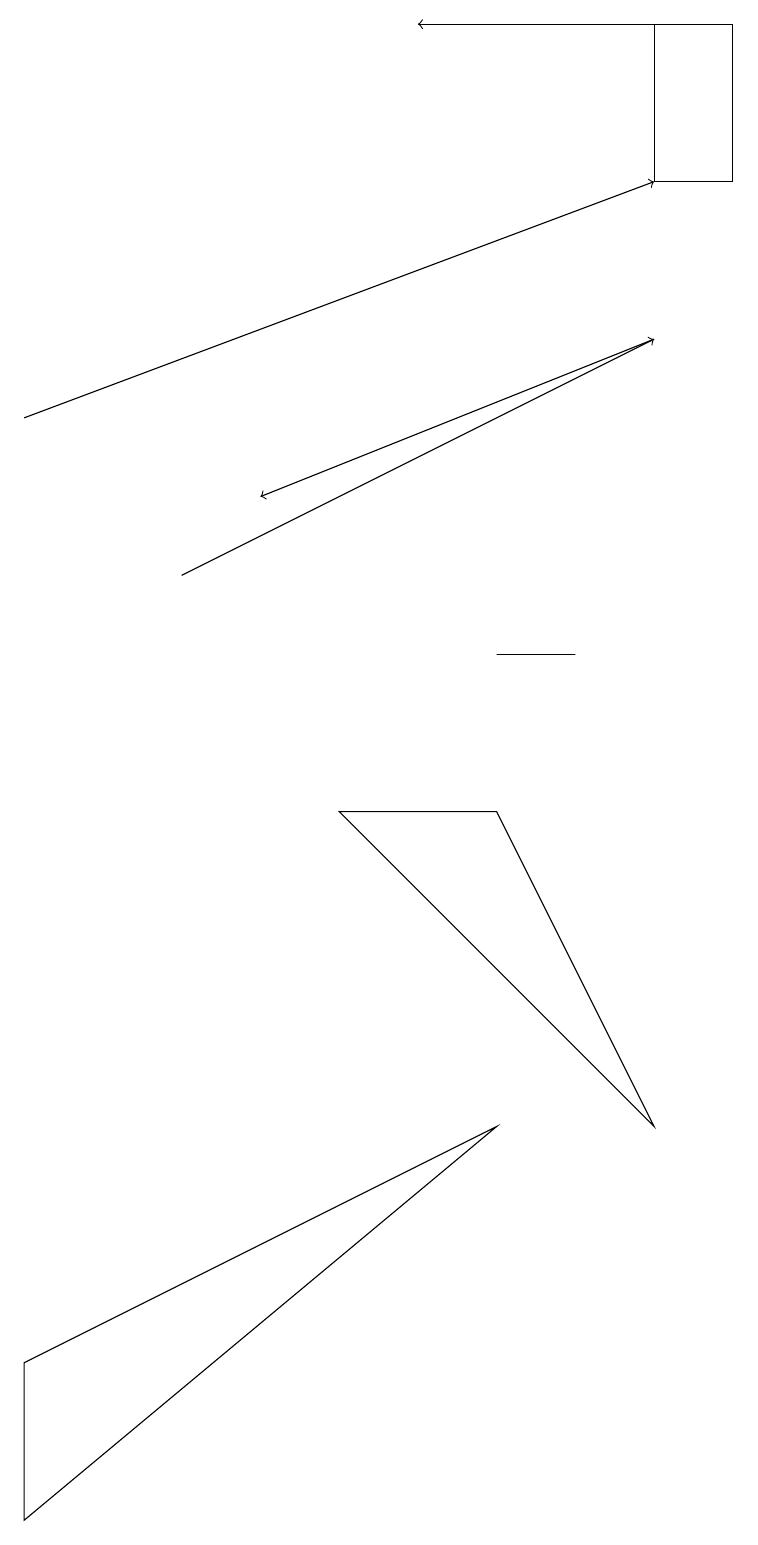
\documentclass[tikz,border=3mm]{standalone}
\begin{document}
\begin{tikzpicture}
\draw[->] (2,12) -- (8,15);
\draw (6,9) -- (4,9) -- (8,5) -- cycle;
\draw (7,11) rectangle (6,11);
\draw[->] (0,14) -- (8,17);
\draw (0,2) -- (6,5) -- (0,0) -- cycle;
\draw (9,17) rectangle (8,19);
\draw[->] (8,15) -- (3,13);
\draw[->] (9,19) -- (5,19);
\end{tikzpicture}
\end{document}